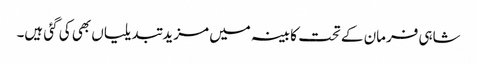
شاہی فرمان کے تحت کابینہ میں مزید تبدیلیاں بھی کی گئی ہیں۔